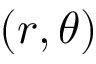
( r , \theta )